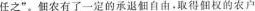
任之“。农有了一定的承退佃自由。取得佃权的农户